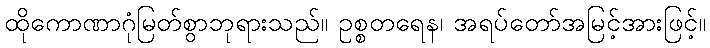
ထိုကောဏာဂုံမြတ်စွာဘုရားသည်။ ဥစ္စတရေန၊ အရပ်တော်အမြင့်အားဖြင့်။